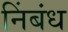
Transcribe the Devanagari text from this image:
निंबंध